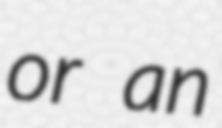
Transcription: or an